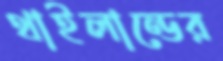
থাইলান্ডের